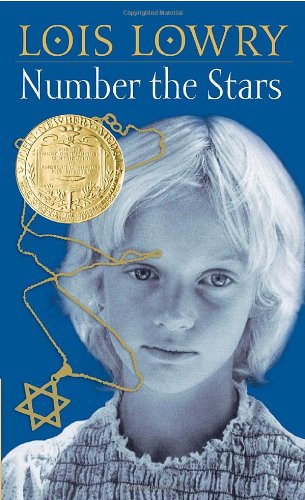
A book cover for Number the Stars; Lois Lowry; Teen & Young Adult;